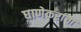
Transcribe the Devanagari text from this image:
घाणेकरांचा